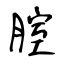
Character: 腟